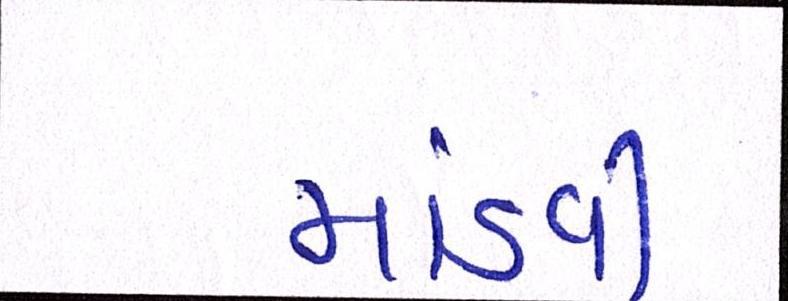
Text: માંડવી